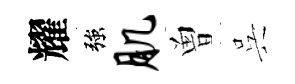
耀強肌曽呉